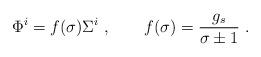
LaTeX: \begin{align*}\Phi^i=f(\sigma)\Sigma^i\ ,\qquad f(\sigma)={g_s\over \sigma\pm1}\ .\end{align*}